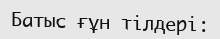
Батыс ғұн тілдері: